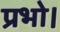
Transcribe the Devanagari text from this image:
प्रभो।